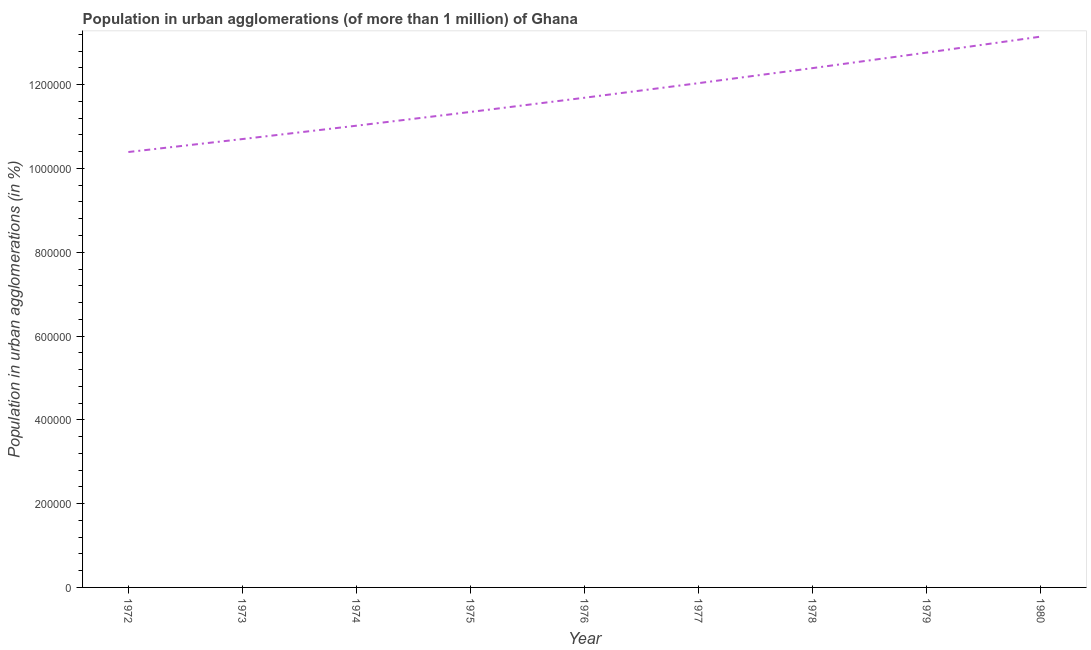
| Year | Population in urban agglomerations |
 | --- | --- |
 | 1972 | 1.04e+06 |
 | 1973 | 1.07e+06 |
 | 1974 | 1.1e+06 |
 | 1975 | 1.13e+06 |
 | 1976 | 1.17e+06 |
 | 1977 | 1.2e+06 |
 | 1978 | 1.24e+06 |
 | 1979 | 1.28e+06 |
 | 1980 | 1.31e+06 |